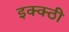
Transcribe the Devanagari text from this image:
इक्क्ठी